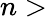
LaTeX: n>